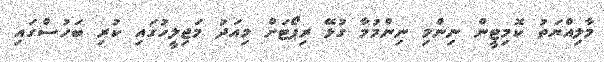
މާލިއްޔަތު ކޮމިޓީން ނިންމި ނިންމުމާ ގުޅޭ ރިޕޯޓަށް މިއަދު މަޖިލީހުގައި ކުރި ބަހުސްގައި